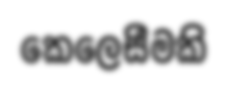
කෙලෙසීමකි